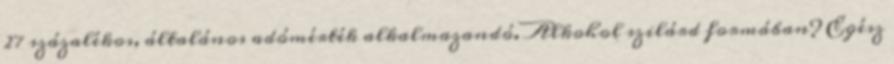
27 százalékos, általános adómérték alkalmazandó. Alkohol szilárd formában? Egész